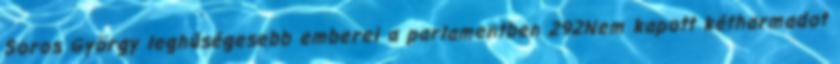
Soros György leghűségesebb emberei a parlamentben 292Nem kapott kétharmadot